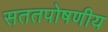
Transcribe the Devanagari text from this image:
सततपोषणीय